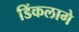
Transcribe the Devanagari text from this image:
डिंकलागे